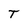
Character: T